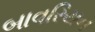
બાવરિયન